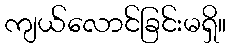
ကျယ်လောင်ခြင်းမရှိ။